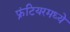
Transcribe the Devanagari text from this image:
फ्रंटियरमध्ये